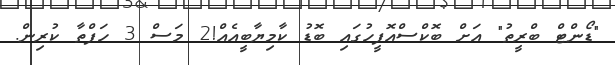
"ޑޯންޓް ބްރީތު" އަށް ބޮކްސްއޮފީހުގައި ބޮޑު ކާމިޔާބީއެއް!2 މަސް 3 ހަފްތާ ކުރިން.